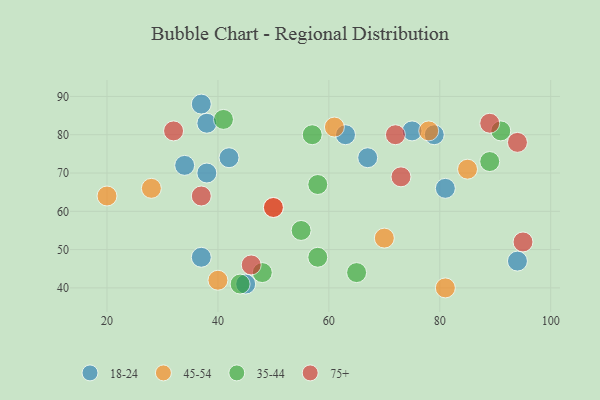
{"axis": {"x": "GDP", "y": "Life Expectancy"}, "legend": ["18-24", "35-44", "45-54", "75+"], "data": [{"x": "75", "y": 81, "type": "18-24"}, {"x": "38", "y": 70, "type": "18-24"}, {"x": "45", "y": 41, "type": "18-24"}, {"x": "94", "y": 47, "type": "18-24"}, {"x": "67", "y": 74, "type": "18-24"}, {"x": "63", "y": 80, "type": "18-24"}, {"x": "34", "y": 72, "type": "18-24"}, {"x": "37", "y": 48, "type": "18-24"}, {"x": "81", "y": 66, "type": "18-24"}, {"x": "37", "y": 88, "type": "18-24"}, {"x": "38", "y": 83, "type": "18-24"}, {"x": "42", "y": 74, "type": "18-24"}, {"x": "79", "y": 80, "type": "18-24"}, {"x": "61", "y": 82, "type": "45-54"}, {"x": "81", "y": 40, "type": "45-54"}, {"x": "20", "y": 64, "type": "45-54"}, {"x": "40", "y": 42, "type": "45-54"}, {"x": "70", "y": 53, "type": "45-54"}, {"x": "28", "y": 66, "type": "45-54"}, {"x": "50", "y": 61, "type": "45-54"}, {"x": "85", "y": 71, "type": "45-54"}, {"x": "78", "y": 81, "type": "45-54"}, {"x": "48", "y": 44, "type": "35-44"}, {"x": "58", "y": 67, "type": "35-44"}, {"x": "89", "y": 73, "type": "35-44"}, {"x": "65", "y": 44, "type": "35-44"}, {"x": "91", "y": 81, "type": "35-44"}, {"x": "55", "y": 55, "type": "35-44"}, {"x": "57", "y": 80, "type": "35-44"}, {"x": "44", "y": 41, "type": "35-44"}, {"x": "58", "y": 48, "type": "35-44"}, {"x": "41", "y": 84, "type": "35-44"}, {"x": "94", "y": 78, "type": "75+"}, {"x": "32", "y": 81, "type": "75+"}, {"x": "50", "y": 61, "type": "75+"}, {"x": "95", "y": 52, "type": "75+"}, {"x": "73", "y": 69, "type": "75+"}, {"x": "89", "y": 83, "type": "75+"}, {"x": "46", "y": 46, "type": "75+"}, {"x": "37", "y": 64, "type": "75+"}, {"x": "72", "y": 80, "type": "75+"}]}